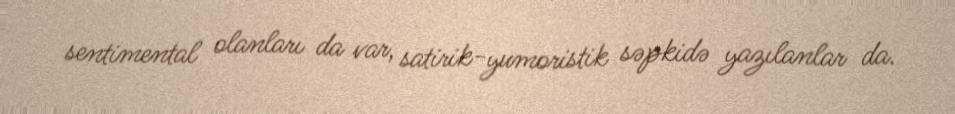
sentimental olanları da var, satirik-yumoristik səpkidə yazılanlar da.